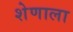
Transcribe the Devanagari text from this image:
शेणाला